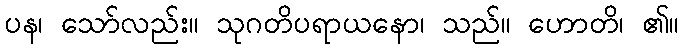
ပန၊ သော်လည်း။ သုဂတိပရာယနော၊ သည်။ ဟောတိ၊ ၏။